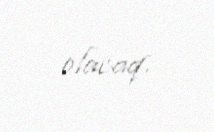
olacaq.